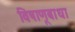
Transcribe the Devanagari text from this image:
विषाणूबाधा